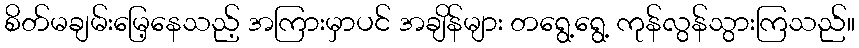
စိတ်မချမ်းမြေ့နေသည့် အကြားမှာပင် အချိန်များ တရွေ့ရွေ့ ကုန်လွန်သွားကြသည်။